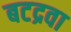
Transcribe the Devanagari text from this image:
बटद्रवा